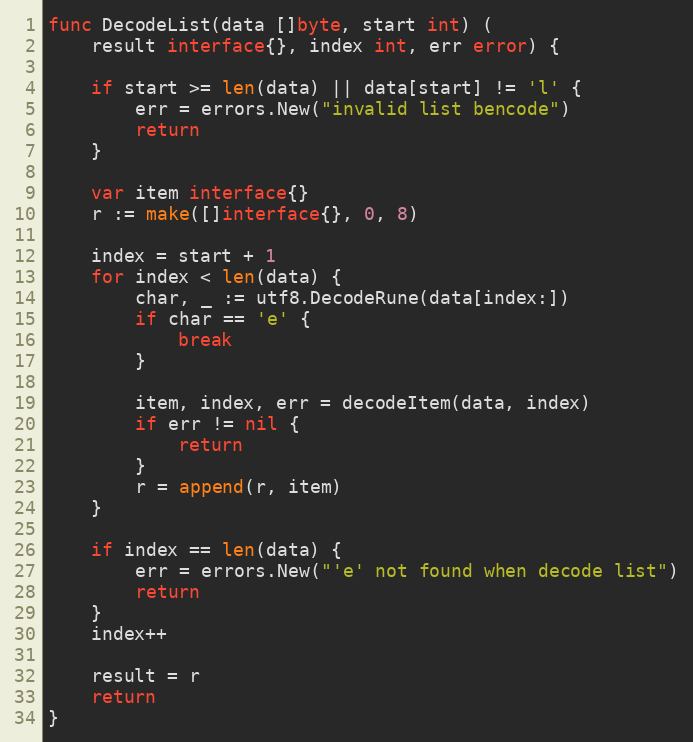
Language: Go
func DecodeList(data []byte, start int) (
	result interface{}, index int, err error) {

	if start >= len(data) || data[start] != 'l' {
		err = errors.New("invalid list bencode")
		return
	}

	var item interface{}
	r := make([]interface{}, 0, 8)

	index = start + 1
	for index < len(data) {
		char, _ := utf8.DecodeRune(data[index:])
		if char == 'e' {
			break
		}

		item, index, err = decodeItem(data, index)
		if err != nil {
			return
		}
		r = append(r, item)
	}

	if index == len(data) {
		err = errors.New("'e' not found when decode list")
		return
	}
	index++

	result = r
	return
}